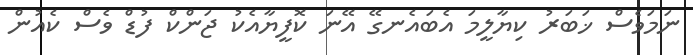
ނަމަވެސް ޚަބަރު ކިޔާލީމަ އެބައެނގޭ އޭނަ ކޮފީޔާއެކު ޖަންކް ފުޑް ވެސް ކެއުން